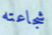
شجاعته